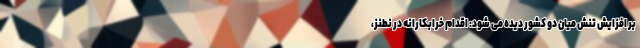
بر افزایش تنش میان دو کشور دیده می شود: اقدام خرابکارانه در نطنز،